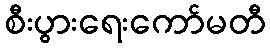
စီးပွားရေးကော်မတီ